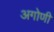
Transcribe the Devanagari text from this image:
अगोणी